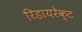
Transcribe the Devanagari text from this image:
रिडायरेक्ट